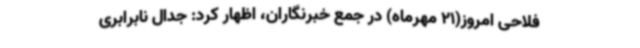
فلاحی امروز(21 مهرماه) در جمع خبرنگاران، اظهار کرد: جدال نابرابری